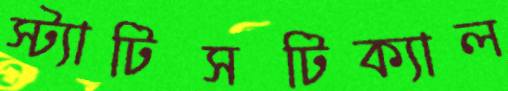
স্ট্যাটিসটিক্যাল